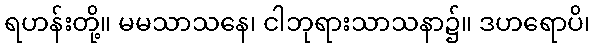
ရဟန်းတို့။ မမသာသနေ၊ ငါဘုရားသာသနာ၌။ ဒဟရောပိ၊